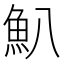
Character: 𩵒